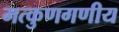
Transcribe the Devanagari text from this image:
मत्कुणगणीय